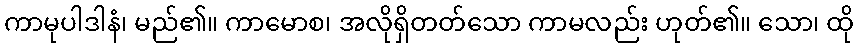
ကာမုပါဒါနံ၊ မည်၏။ ကာမောစ၊ အလိုရှိတတ်သော ကာမလည်း ဟုတ်၏။ သော၊ ထို